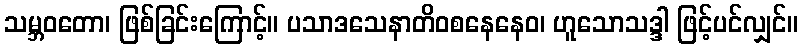
သမ္ဘဝတော၊ ဖြစ်ခြင်းကြောင့်။ ပသာဒသေနာတိဝစနေနေဝ၊ ဟူသောသဒ္ဒါ ဖြင့်ပင်လျှင်။